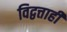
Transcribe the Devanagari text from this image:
विद्वत्ताही